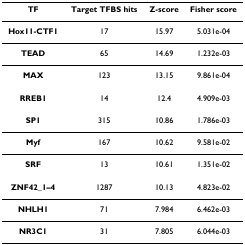
| TF | Target TFBS hits | Z-score | Fisher score |
 | --- | --- | --- | --- |
 | Hox11-CTF1 | 17 | 15.97 | 5.031e-04 |
 | TEAD | 65 | 14.69 | 1.232e-03 |
 | MAX | 123 | 13.15 | 9.861e-04 |
 | RREB1 | 14 | 12.4 | 4.909e-03 |
 | SP1 | 315 | 10.86 | 1.786e-03 |
 | Myf | 167 | 10.62 | 9.581e-02 |
 | SRF | 13 | 10.61 | 1.351e-02 |
 | ZNF42_1–4 | 1287 | 10.13 | 4.823e-02 |
 | NHLH1 | 71 | 7.984 | 6.462e-03 |
 | NR3C1 | 31 | 7.805 | 6.044e-03 |